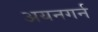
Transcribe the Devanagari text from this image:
अयनगर्न